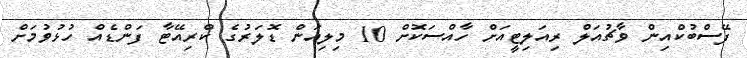
ފޭސްބުކްއިން ވާޗުއަލް ރިއަލިޓީއަށް ހާއްސަކޮށް 10 މިލިއަން ޑޮލަރުގެ ކްރިއޭޓާ ފަންޑެއް ހުޅުވުމަށް